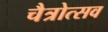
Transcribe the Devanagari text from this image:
चैत्रोत्सव